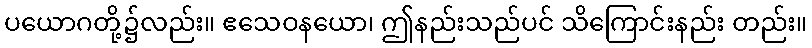
ပယောဂတို့၌လည်း။ ဧသေဝနယော၊ ဤနည်းသည်ပင် သိကြောင်းနည်း တည်း။